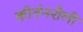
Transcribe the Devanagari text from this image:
कीर्तनशैली